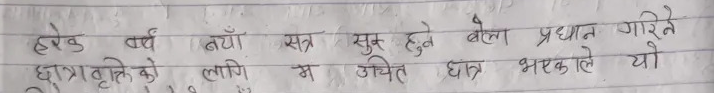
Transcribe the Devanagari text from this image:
हरेक वर्ष नयाँ सत्र सुरु हुने बेला प्रदान गरिने छात्रवृत्तिको लागि पनि उचित छात्र भएकाले यो